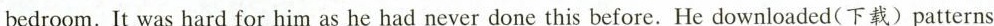
bedroom.It was hard for him as he had never done this before. He downloaded(下载)patterns